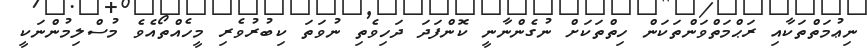
ނިޢުމަތްތަކާއި ރަޙްމަތްވަންތަކަން ހިތްތަކަށް ނުގެންނާނީ ކޮންފަދަ ދަހިވެތި ނުވަތަ ކިބުރުވެރި މީހެއްތޯއެވެ މުސްލިމުންނަކީ